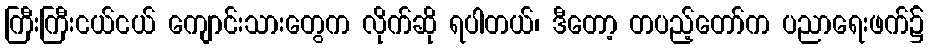
ကြီးကြီးငယ်ငယ် ကျောင်းသားတွေက လိုက်ဆို ရပါတယ်၊ ဒီတော့ တပည့်တော်က ပညာရေးဖက်၌